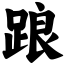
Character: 踉